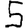
Digit: 5